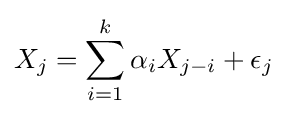
X_{j}=\sum _{i=1}^{k}\alpha _{i}X_{j-i}+\epsilon _{j}